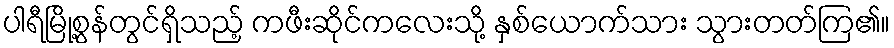
ပါရီမြို့စွန်တွင်ရှိသည့် ကဖီးဆိုင်ကလေးသို့ နှစ်ယောက်သား သွားတတ်ကြ၏။